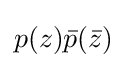
p(z){\bar {p}}({\bar {z}})